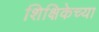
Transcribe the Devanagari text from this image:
शिक्षिकेच्या